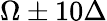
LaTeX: \Omega\pm 10\Delta